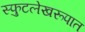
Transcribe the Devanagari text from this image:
स्फुटलेखरूपात